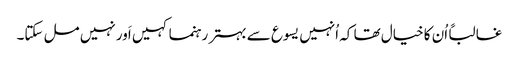
‏ غالباً اُن کا خیال تھا کہ اُنہیں یسوع سے بہتر رہنما کہیں اَور نہیں مل سکتا۔